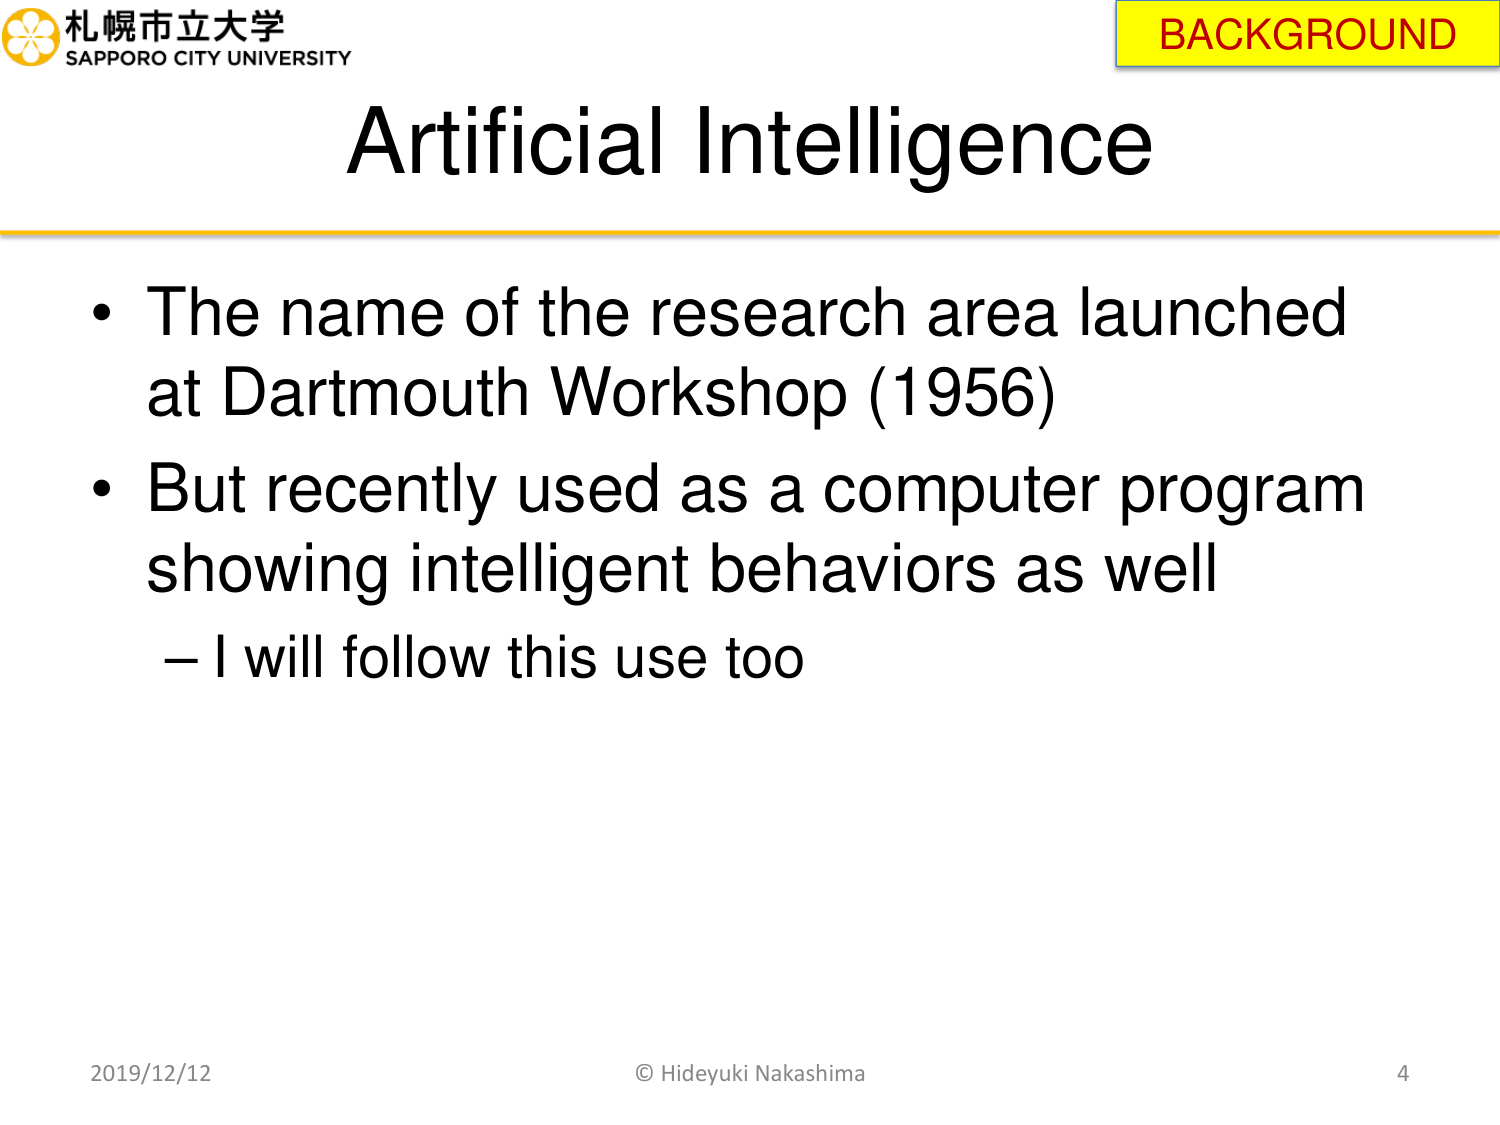
札幌市立大学
SAPPORO CITY UNIVERSITY
BACKGROUND
Artificial Intelligence
• The name of the research area launched at Dartmouth Workshop (1956)
• But recently used as a computer program showing intelligent behaviors as well
– I will follow this use too
2019/12/12
© Hideyuki Nakashima
4